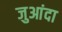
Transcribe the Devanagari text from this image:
जुआंदा